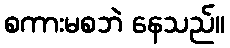
စကားမစဘဲ နေသည်။